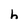
Character: h